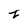
Character: I